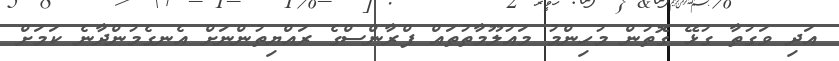
އަދި ވަގުތާ ގުޅޭ ގޮތުން މުހިންމު މައުލޫމާތުތައް ފްރާންސްގެ ރައްޔިތުންނަށް އެނގެމުންދާނެ ކަމަށް